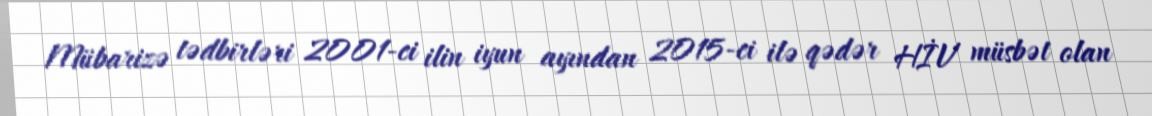
Mübarizə tədbirləri 2001-ci ilin iyun ayından 2015-ci ilə qədər HİV müsbət olan